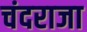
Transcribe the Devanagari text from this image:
चंदराजा